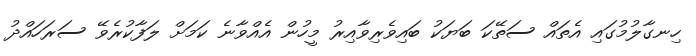
ހިނގާލުމުގައި އެތައް ސަތޭކަ ބަޔަކު ބައިވެރިވާއިރު މީހުން އެއްވާނެ ކަމަށް ލަފާކުރެވޭ ސަރަހައްދު